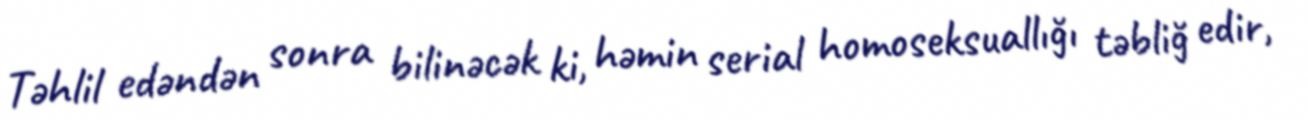
Təhlil edəndən sonra bilinəcək ki, həmin serial homoseksuallığı təbliğ edir,